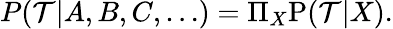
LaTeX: P({\cal T}|A,B,C,\ldots)=\Pi_{X}\mathrm{P}({\cal T}|X).